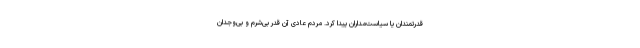
قدرتمندان یا سیاست‌مداران پیدا کرد. مردم عادی آن قدر بی‌شرم و بی‌وجدان